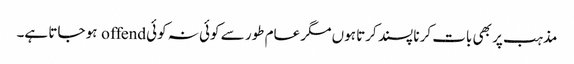
مذہب پر بھی بات کرنا پسند کرتا ہوں مگر عام طور سے کوئی نہ کوئی offend ہو جاتا ہے۔